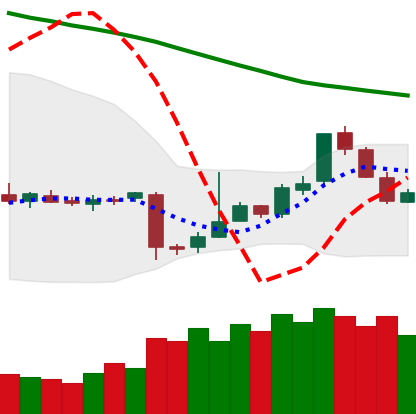
Ticker: EOS-USD
Chart end date: 2018-11-10
Forward return: -13.53%
Label: down_7plus